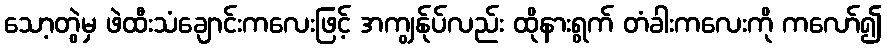
သော့တွဲမှ ဖဲထီးသံချောင်းကလေးဖြင့် အကျွန်ုပ်လည်း ထိုနားရွက် တံခါးကလေးကို ကလော်၍